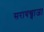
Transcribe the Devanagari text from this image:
सरायख्वाजा